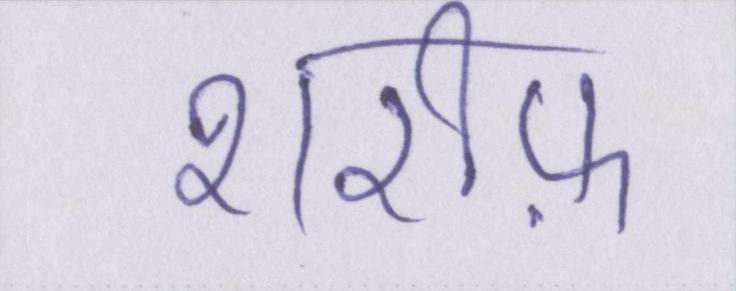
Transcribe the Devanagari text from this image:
शरीफ़